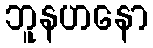
ဘူနဟနော